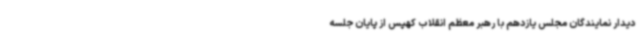
دیدار نمایندگان مجلس یازدهم با رهبر معظم انقلاب کهپس از پایان جلسه